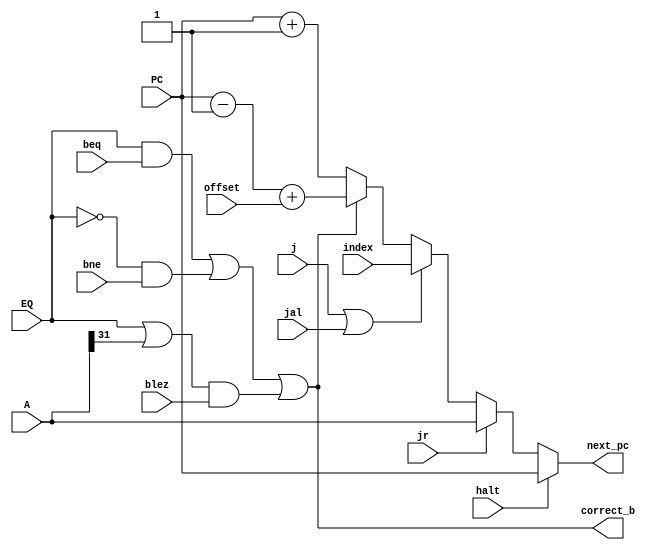
`timescale 1ns / 1ps
//////////////////////////////////////////////////////////////////////////////////
// Company: HUST
// Engineer: 
// 
// Module Name: NPC
// 
//////////////////////////////////////////////////////////////////////////////////

//NPC
module npc(
	input halt,
    input [31:0] PC, A, index, offset,
    input EQ,
    input j, jr, jal, bne, beq, blez,
    output [31:0] next_pc,
    output  correct_b
    );
    assign correct_b = (EQ&beq)|(~EQ&bne)|((EQ|A[31])&blez);
    assign next_pc = halt? PC :(jr ? A : ((j|jal) ? index : (correct_b ? (PC-1+offset) : (PC+1))));
endmodule